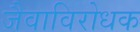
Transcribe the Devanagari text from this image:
जैवाविरोधक